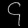
Digit: ၄